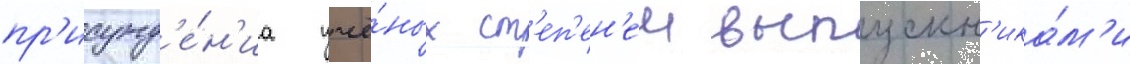
пр'исужд'е́н'иа учё́ных ст'еп'ен'еи выпускн'ика́м'и